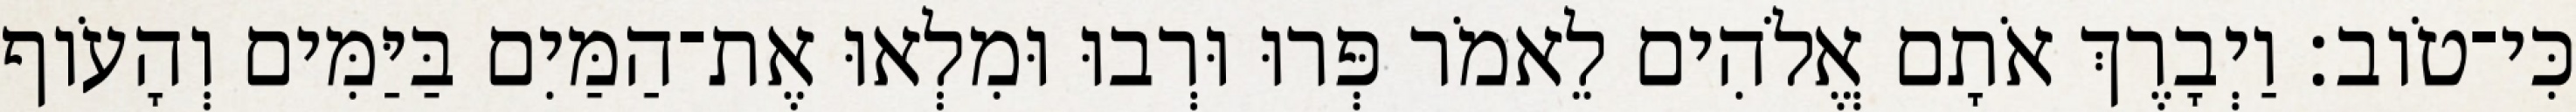
כִּי־טֹוב׃ וַיְבָרֶךְ אֹתָם אֱלֹהִים לֵאמֹר פְּרוּ וּרְבוּ וּמִלְאוּ אֶת־הַמַּיִם בַּיַּמִּים וְהָעֹוף